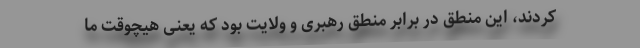
کردند، این منطق در برابر منطق رهبری و ولایت بود که یعنی هیچوقت ما